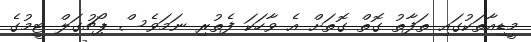
މީޑިއާތަކުގައި ތަފާތު ގޮތް ގޮތަށް އެ ވާހަކަ ފެތުރި ނަމަވެސް ޕޯޗުގަލް ޓީމުގެ